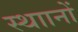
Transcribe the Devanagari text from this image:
स्थाानों